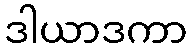
ဒါယာဒကာ